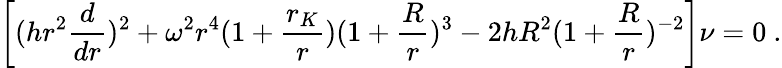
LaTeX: \left[(hr^{2}{\frac{d}{dr}})^{2}+\omega^{2}r^{4}(1+{\frac{r_{K}}{r}})(1+{\frac{R}{r}})^{3}-2hR^{2}(1+{\frac{R}{r}})^{-2}\right]\nu=0\ .